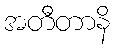
အတီတာနိ